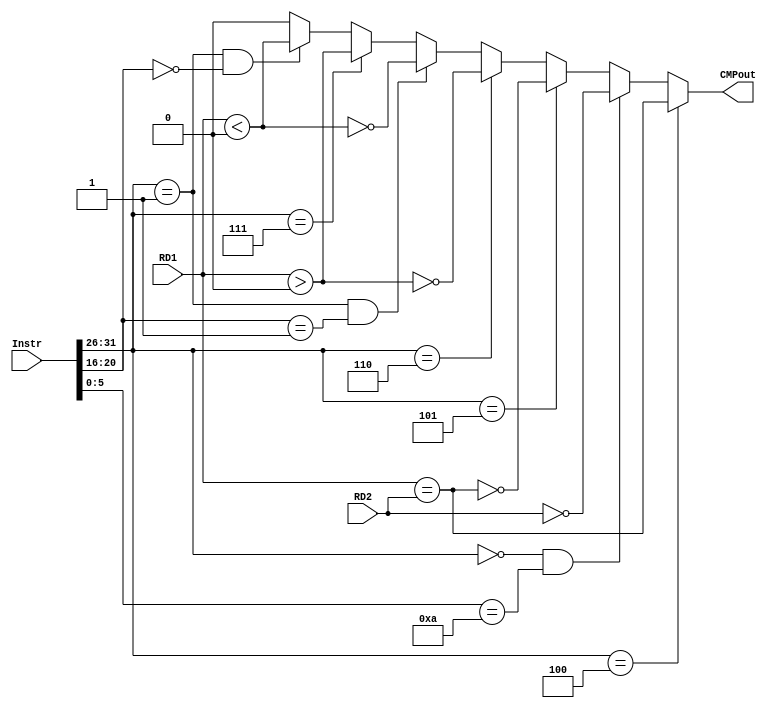
`timescale 1ns / 1ps
//////////////////////////////////////////////////////////////////////////////////
// Company: 
// Engineer: 
// 
// Design Name: 
// Module Name:    CMP 
// Project Name: 
// Target Devices: 
// Tool versions: 
// Description: 
//
// Dependencies: 
//
// Revision: 
// Revision 0.01 - File Created
// Additional Comments: 
//
//////////////////////////////////////////////////////////////////////////////////
module CMP(
    input [31:0] Instr,
    input [31:0] RD1,
    input [31:0] RD2,
    output CMPout
    );
	wire[5:0] OP, Func;
	wire beq, movz, bne, blez, bgez, bgtz, bltz;
	assign OP = Instr[31:26]; 
	assign Func = Instr[20:16];	//bgez,bltz,movz
	assign beq		= (OP == 6'b000100);
	assign bne		= (OP == 6'b000101);
	assign bgez		= ((OP == 6'b000001) & (Instr[20:16] == 5'b00001));
	assign blez		= (OP == 6'b000110);
	assign bgtz		= (OP == 6'b000111);
	assign bltz	    = ((OP == 6'b000001) & (Instr[20:16] == 5'b00000));
	assign movz 	= (OP == 6'b000000 & Instr[5:0] == 6'b001010);
	wire GreaterThenReg, GreaterThenZero, LessThenReg, LessThenZero, 
		 EqualReg, EqualZero;	//$signed()
	assign EqualReg = RD1==RD2;
	assign EqualZero = RD2==0;	//RD2,
	assign GreaterThenReg  = $signed(RD1) > $signed(RD2);
	assign LessThenReg     = $signed(RD1) < $signed(RD2);
	assign GreaterThenZero = $signed(RD1) > 0;
	assign LessThenZero    = $signed(RD1) < 0;
	assign CMPout = (beq) ?  EqualReg:
					(movz)?	 EqualZero:
					(bne) ?	 ~EqualReg:
					(blez)?  ~GreaterThenZero:
					(bgez)?  ~LessThenZero:
					(bgtz)?  GreaterThenZero:
					(bltz)?  LessThenZero:
					0;
endmodule